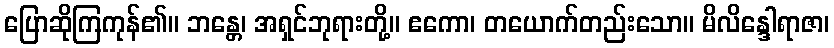
ပြောဆိုကြကုန်၏။ ဘန္တေ၊ အရှင်ဘုရားတို့။ ဧကော၊ တယောက်တည်းသော။ မိလိန္ဒေါရာဇာ၊